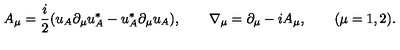
A _ { \mu } = \frac { i } { 2 } ( u _ { A } \partial _ { \mu } u _ { A } ^ { * } - u _ { A } ^ { * } \partial _ { \mu } u _ { A } ) , \qquad \nabla _ { \mu } = \partial _ { \mu } - i A _ { \mu } , \qquad ( \mu = 1 , 2 ) .